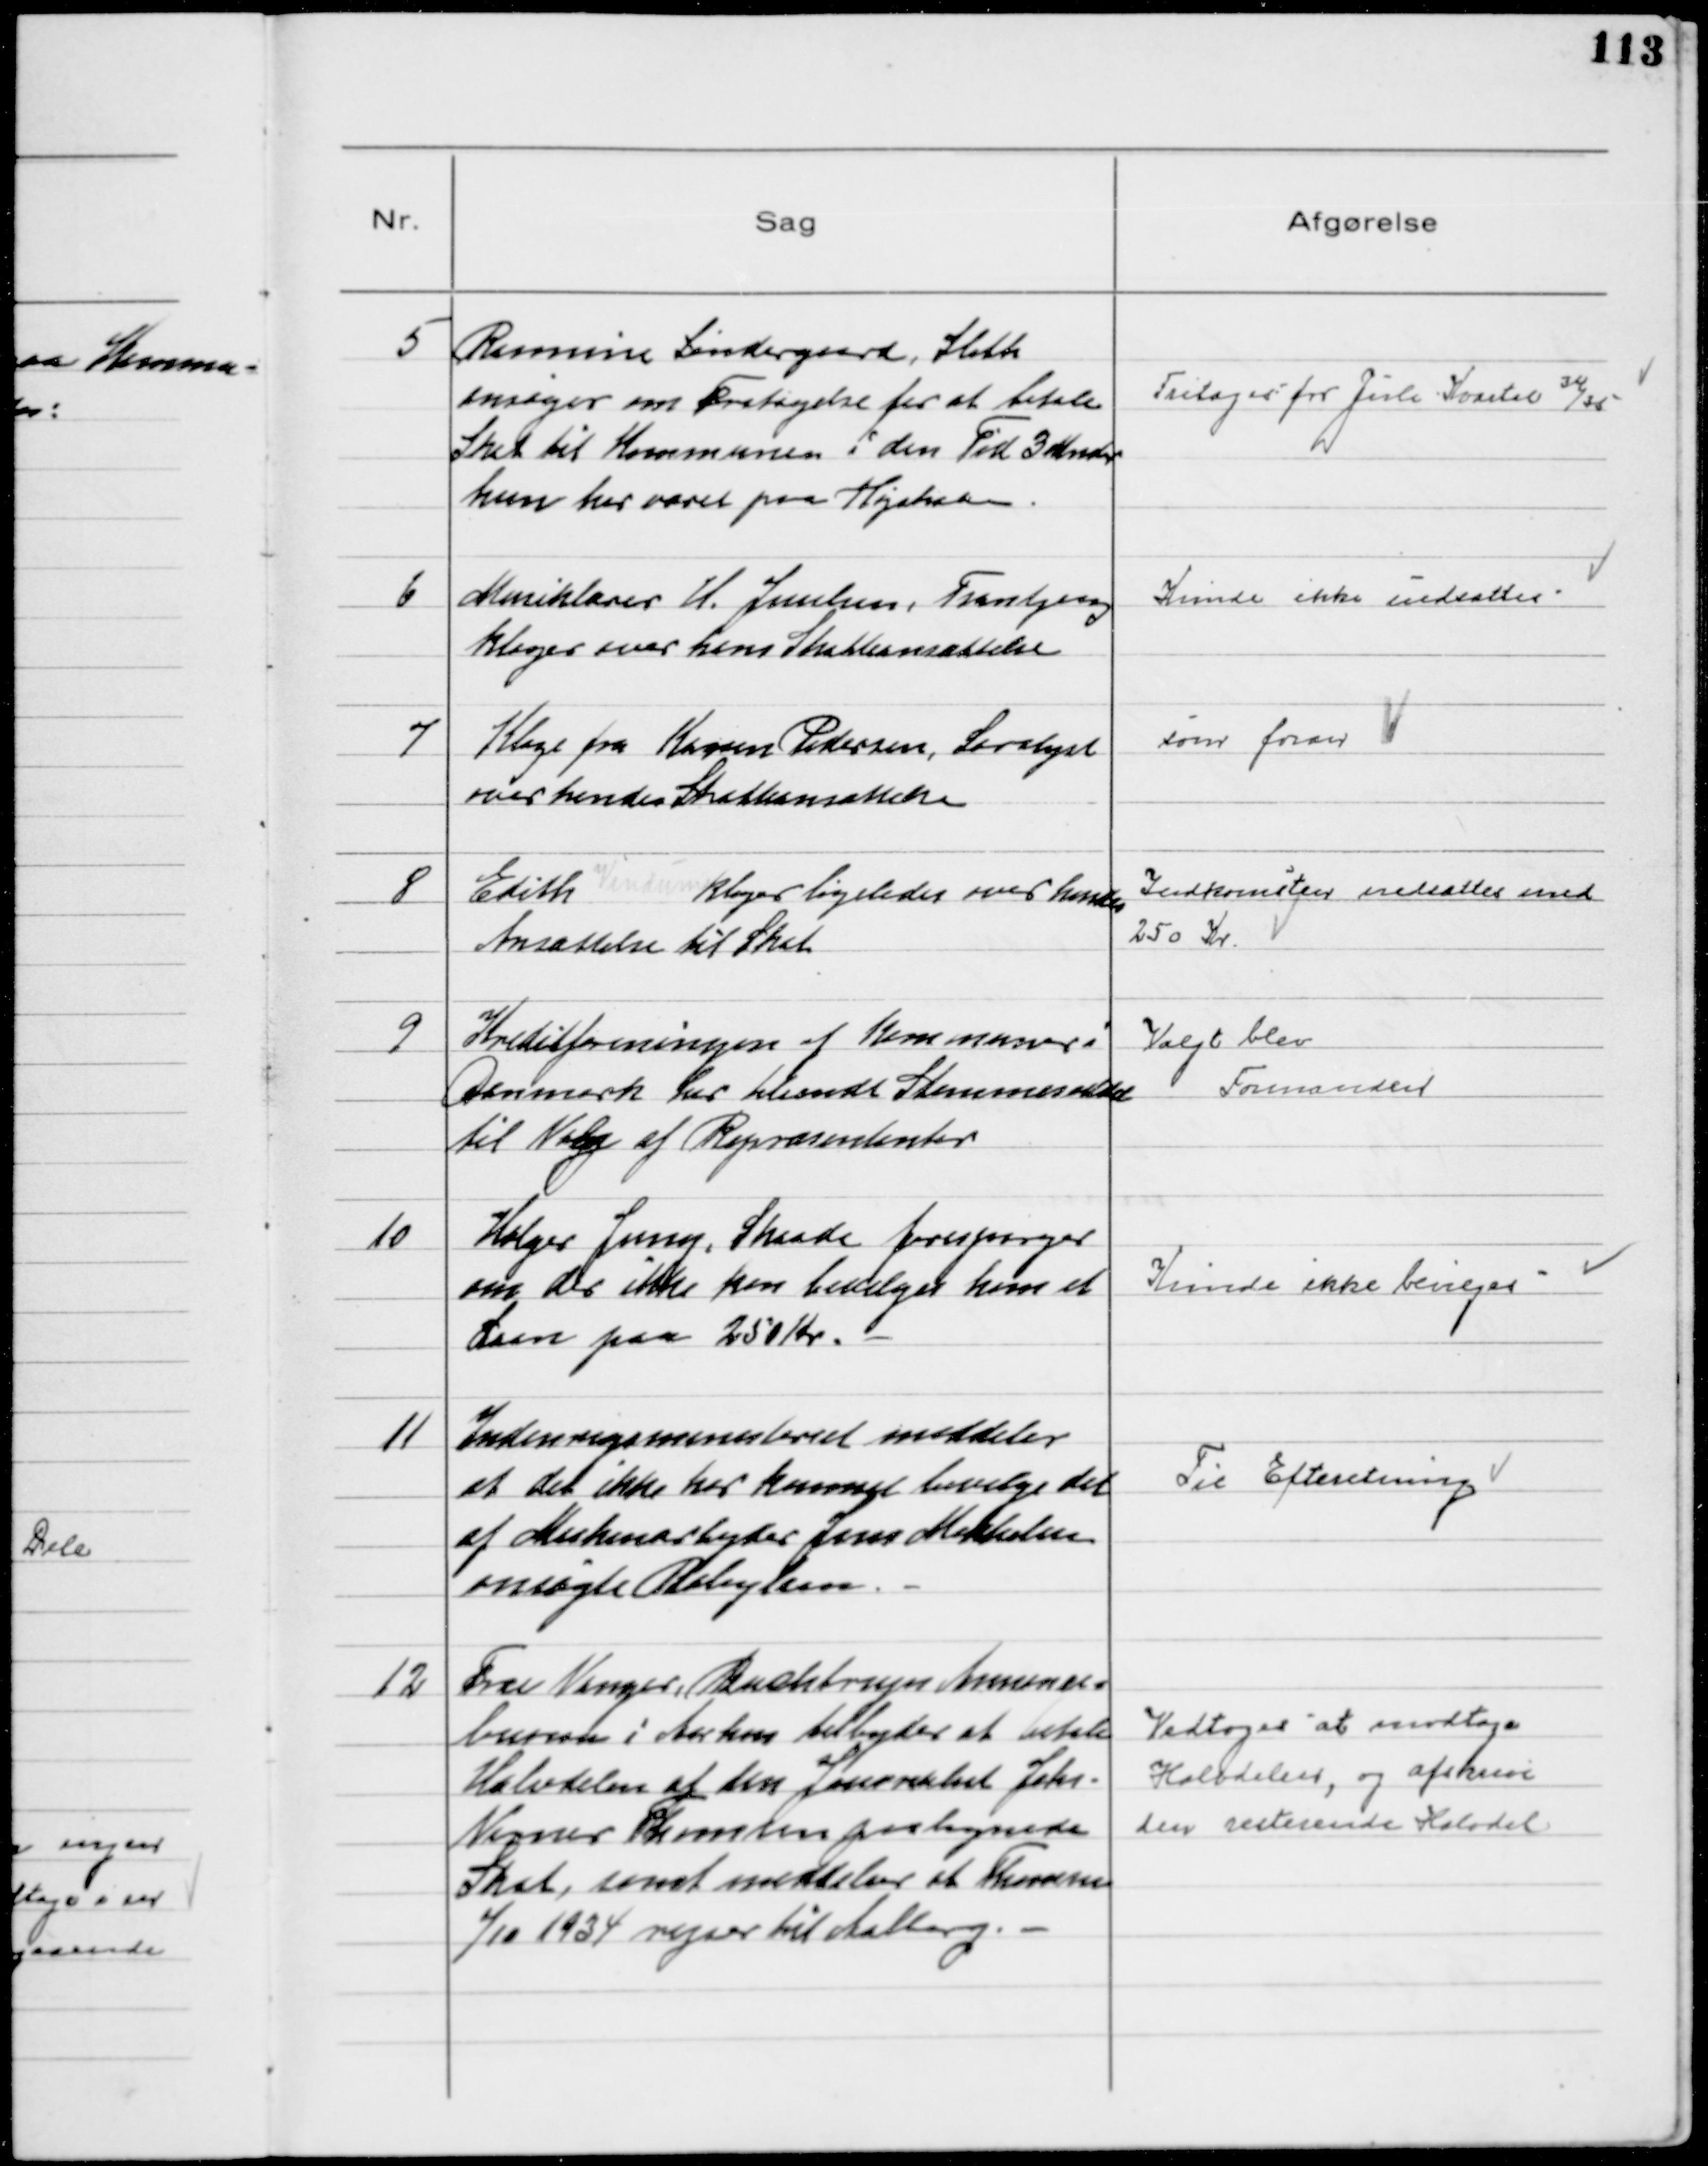
Transskription:
5
Rasmine Lindegaard, Sleth
ansøger om Fritagelse for at betale
Skat til Kommunen i den Tid 3 Mdr.
hun har været paa Højskole.

Fritages for Juli Kvartal 34/35

6
Musiklærer H. Juulsen, Tranbjerg
klager over hans Skatteansættelse

Kunde ikke nedsættes

7
Klage fra Karen Pedersen, Saralyst
over hendes Skatteansættelse

som foran

8
Edith Vindum klager ligeledes over hendes
Ansættelse til Skat

Indkomsten nedsattes med
250 Kr-

9
Kreditforeningen af Kommuner i
Danmark har tilsendt Stemmeseddel
til Valg af Repræsentanter

Valgt blev
Formanden

10
Holger Jensen, Skaade forespørger
om der ikke kan bevilges ham et
Laan paa 250 Kr.

Kunde ikke bevilges

11
Indenrigsministeriet meddeler
at det ikke har kunnet bevilge det
af Maskinarbejder Jens Mikkelsen
ansøgte Boliglaan.

Til Efteretning

12
Fru Venger, Buchtrups Annonce=
bureau i Aarhus tilbyder at betale
Halvdelen af den Journalist Johs.
Verner Thomsen paalignede
Skat, samt meddeler at Thomsen
1/10 1934 rejser til Aalborg.

Vedtoges at modtage
Halvdelen, og afskrive
den resterende Halvdel